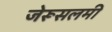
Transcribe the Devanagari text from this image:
जेरूसलमी